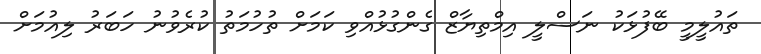
ތައުލީމީ ބޭފުޅަކު ނަސްލީ އިމްތިޔާޒް ގެންގުޅުއްވި ކަމަށް ތުހުމަތު ކުރެވުނު ހަބަރު ލިއުމަށް